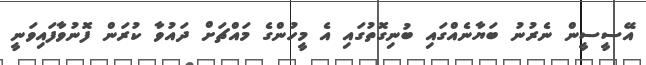
އޭސީސީން ނެރުނު ބަޔާނެއްގައި ބުނިގޮތުގައި އެ މީހުންގެ މައްޗަށް ދައުވާ ކުރަން ފޮނުވާފައިވަނީ